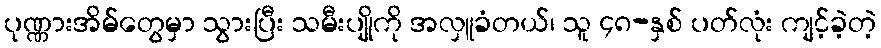
ပုဏ္ဏားအိမ်တွေမှာ သွားပြီး သမီးပျိုကို အလှူခံတယ်၊ သူ ၄၈-နှစ် ပတ်လုံး ကျင့်ခဲ့တဲ့